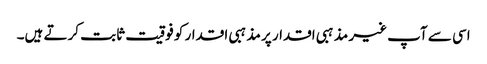
اسی سے آپ غیر مذہبی اقدار پر مذہبی اقدار کو فوقیت ثابت کرتے ہیں۔